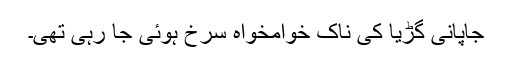
جاپانی گڑیا کی ناک خوامخواہ سرخ ہوئی جا رہی تھی۔